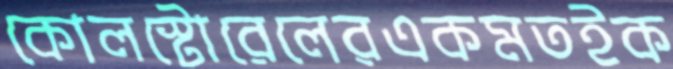
কোলস্টোরেলেরএকমতইক